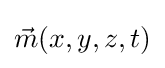
{\vec {m}}(x,y,z,t)